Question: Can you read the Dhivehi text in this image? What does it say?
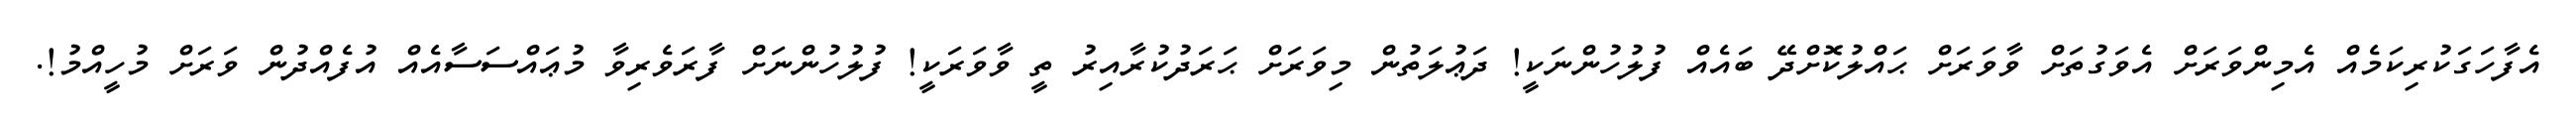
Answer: އެފާހަގަކުރިކަމެއް އެމިންވަރަށް އެވަގުތަށް ވާވަރަށް ޙައްލުކޮށްދޭ ބައެއް ފުލުހުންނަކީ! ދަޢުލަތުން މިވަރަށް ޙަރަދުކުރާއިރު ތީ ވާވަރަކީ! ފުލުހުންނަށް ފާރަވެރިވާ މުޢައްސަސާއެއް އުފެއްދުން ވަރަށް މުހީއްމު!.